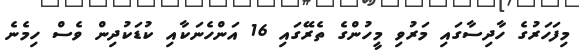
މިފަހަރުގެ ހާދިސާގައި މަރުވި މީހުންގެ ތެރޭގައި 16 އަންހެނަކާއި ކުޑަކުދިން ވެސް ހިމެނެ